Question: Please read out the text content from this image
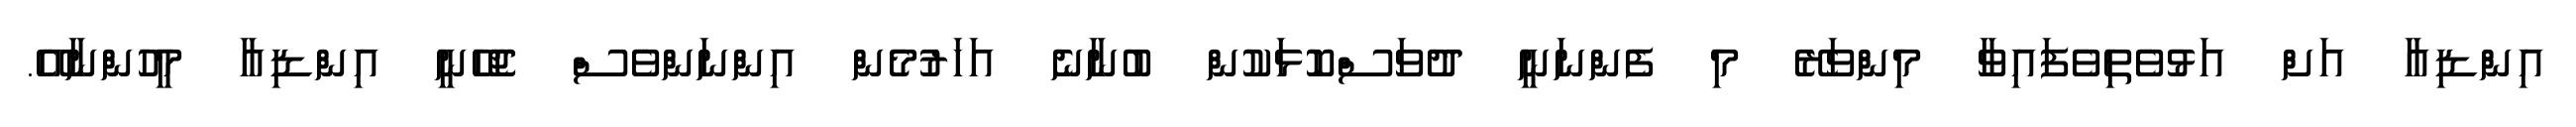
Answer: އިންޑިއާ އަށް އަޅުވެތިވެފައިވާ މިންވަރޭ މި ފެންނަނީ ދުވަސްކޮޅަކުން ބުނާނެ އަހަރުމެން އިންނަންވެސް ޖެހޭނީ އިންޑިއާ މީހުންނާއޭ.